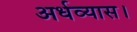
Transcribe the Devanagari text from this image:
अर्धव्यास।